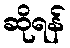
ဆိုရန်